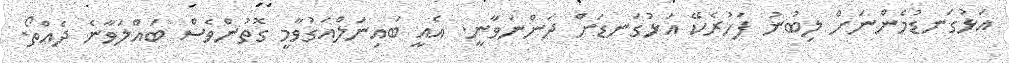
އަޅުގަނޑުމެންނަށް ލިބުނު ފަހުރެކޭ އަޅުގަނޑަށް ދަންނަވާނީ. އެއީ ބައިނަލްއަގުވާމީ ގޮތުންވެސް ބައްލަވާނެ ދެއްތޯ.